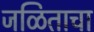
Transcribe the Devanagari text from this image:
जळिताचा